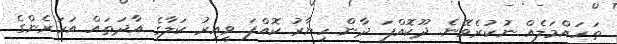
ތަހައްމަލެއް ނުކުރެވޭނެ. ދޫކޮއްފަ ދާން ހިޔާރު ކޮއްފަ ވީއިރު ކަލާގެ އާދަތައް އަހަރެންގެ